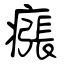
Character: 瘬